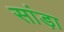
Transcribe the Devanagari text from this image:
सांड़ा